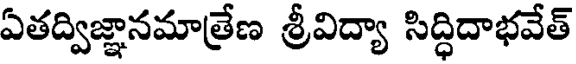
ఏతద్విజ్ఞానమాత్రేణ శ్రీవిద్యా సిద్ధిదాభవేత్